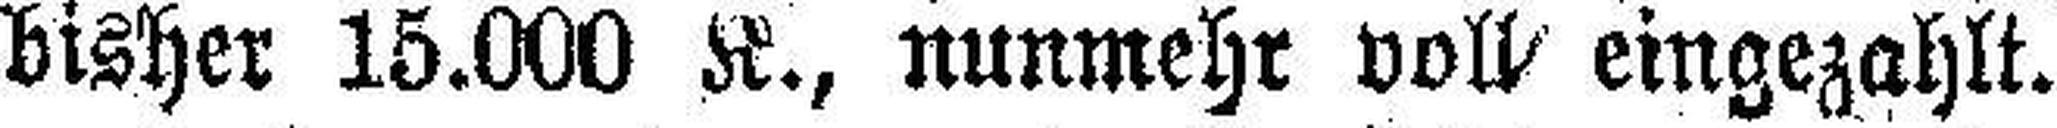
bisher 15.000 K., nunmehr voll eingezahlt.